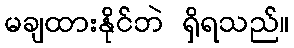
မချထားနိုင်ဘဲ ရှိရသည်။